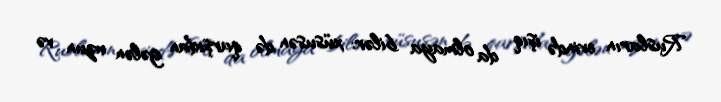
Rusların evində işıq da olmaya bilər: xüsusən də qarşıdan gələn uzun və